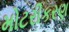
મોટરીકરણ